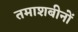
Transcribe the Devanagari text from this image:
तमाशबीनों